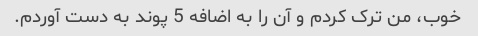
خوب، من ترک کردم و آن را به اضافه 5 پوند به دست آوردم.